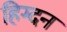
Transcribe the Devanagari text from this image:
हिग्दन